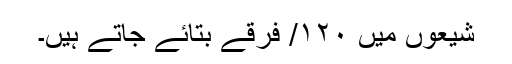
شیعوں میں ۱۲۰/ فرقے بتائے جاتے ہیں۔